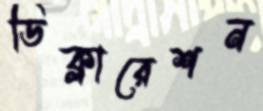
ডিক্লারেশন